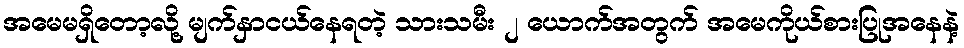
အမေမရှိတော့လို့ မျက်နှာငယ်နေရတဲ့ သားသမီး ၂ ယောက်အတွက် အမေကိုယ်စားပြုအနေနဲ့